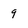
Character: 9